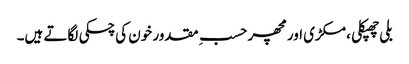
بلی چھپکلی ، مکڑی اور مچھر حسبِ مقدور خون کی چسکی لگاتے ہیں۔